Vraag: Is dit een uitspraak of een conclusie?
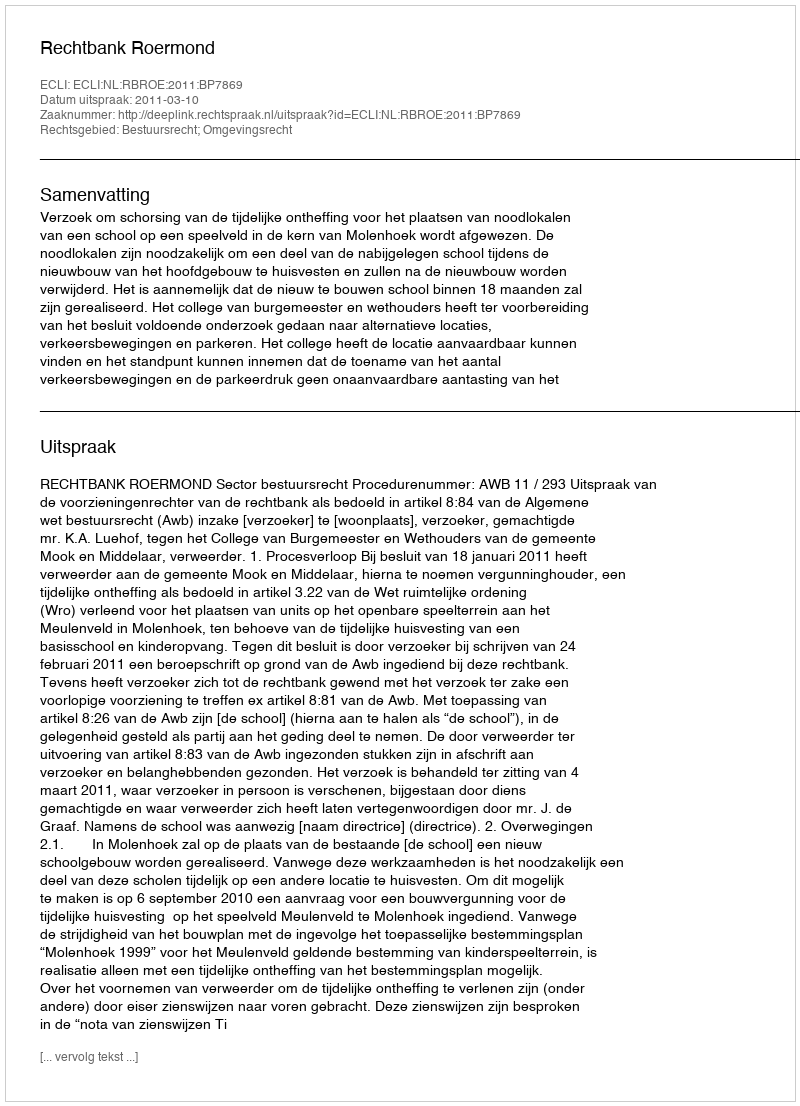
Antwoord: Uitspraak